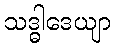
သဒ္ဓါဒေယျာ